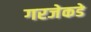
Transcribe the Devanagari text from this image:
गरजेकडे